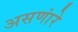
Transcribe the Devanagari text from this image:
असणांरे